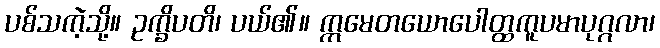
ပစ်သကဲ့သို့။ ဥက္ခိပတိ၊ ပယ်၏။ ဣမေတယောပေါတ္ထကူပမာပုဂ္ဂလာ၊